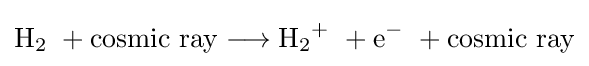
{\mathrm {H} {\vphantom {A}}_{\smash[{t}]{2}}\ {}+{}\mathrm {cosmic} \ \mathrm {ray} {}\mathrel {\longrightarrow } {}\mathrm {H} {\vphantom {A}}_{\smash[{t}]{2}}{\vphantom {A}}^{+}\ {}+{}\mathrm {e} {\vphantom {A}}^{-}\ {}+{}\mathrm {cosmic} \ \mathrm {ray} }